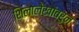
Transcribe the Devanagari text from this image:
शिलालेखांवरुन